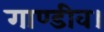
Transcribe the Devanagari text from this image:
गाण्डीव।